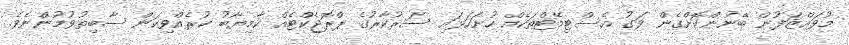
މުވައްޒަފުން ބޭނުންކޮށްގެން ވަގު އެސްޓިމޭޓްތަކެއް ހުށަހަޅައި ސަރުކާރުގެ ޕްރޮޖެކްޓެއް ކާމިޔާބު ކުރެއްވިކަން ސާބިތުވުމުންނެވެ.